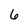
Character: 6